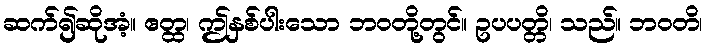
ဆက်၍ဆိုအံ့။ ဧတ္ထ၊ ဤနှစ်ပါးသော ဘဝတို့တွင်။ ဥပပတ္တိ၊ သည်။ ဘဝတိ၊